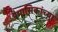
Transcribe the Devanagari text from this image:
त्रैमासिकांच्या